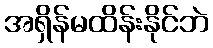
အရှိန်မထိန်းနိုင်ဘဲ